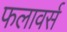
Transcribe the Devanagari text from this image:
फलावर्स